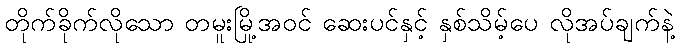
တိုက်ခိုက်လိုသော တမူးမြို့အဝင် ဆေးပင်နှင့် နှစ်သိမ့်ပေ လိုအပ်ချက်နဲ့